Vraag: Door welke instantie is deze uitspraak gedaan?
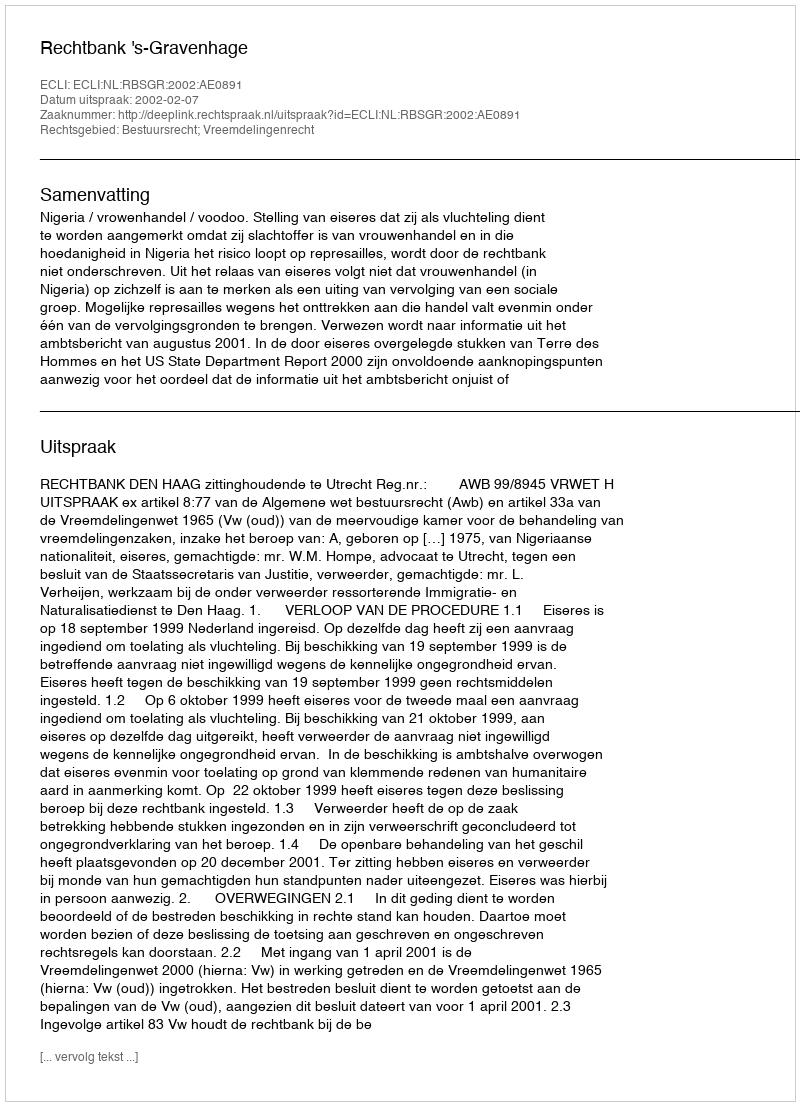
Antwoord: Rechtbank 's-Gravenhage